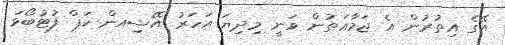
އޭގެ އިތުރުން އެ ޖަމާޢަތުން ވަނީ މިދިޔަ އަހަރު އޭޝިއން ކަޕް ފުޓުބޯޅަ